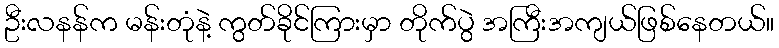
ဦးလနန်က မန်းတုံနဲ့ ကွတ်ခိုင်ကြားမှာ တိုက်ပွဲ အကြီးအကျယ်ဖြစ်နေတယ်။